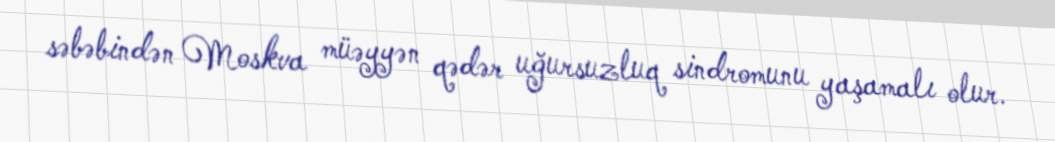
səbəbindən Moskva müəyyən qədər uğursuzluq sindromunu yaşamalı olur.